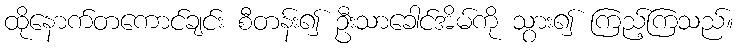
ထိုနောက်တကောင်ချင်း စီတန်း၍ ဦးသာခေါင်အိမ်ကို သွား၍ ကြည့်ကြသည်။